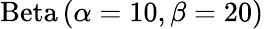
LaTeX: \mathrm{Beta}\left(\alpha=10,\beta=20\right)